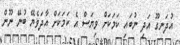
އުދަނގޫ އަދި ނުބައި ކަމަކަށް ވިޔަސް އެ ކަމަކަށް އާދަވެޔޭ ބުނޭ ނޫން